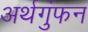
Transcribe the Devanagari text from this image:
अर्थगुंफन